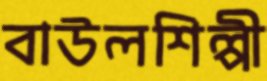
বাউলশিল্পী